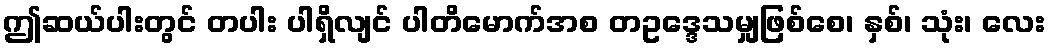
ဤဆယ်ပါးတွင် တပါး ပါရှိလျင် ပါတိမောက်အစ တဥဒ္ဒေသမျှဖြစ်စေ၊ နှစ်၊ သုံး၊ လေး